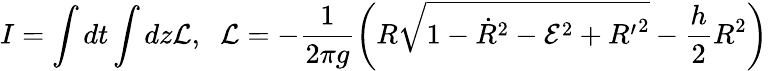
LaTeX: I=\int dt\int dz{\cal L},\; \; {\cal L}=-\frac{1}{2\pi g}\bigg(R\sqrt{1-{\dot{R}}^{2}-{\cal E}^{2}+{R^{\prime}}^{2}}-\frac{h}{2}R^{2}\bigg)